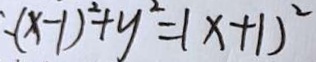
( x - 1 ) ^ { 2 } + y ^ { 2 } = ( x + 1 ) ^ { 2 }